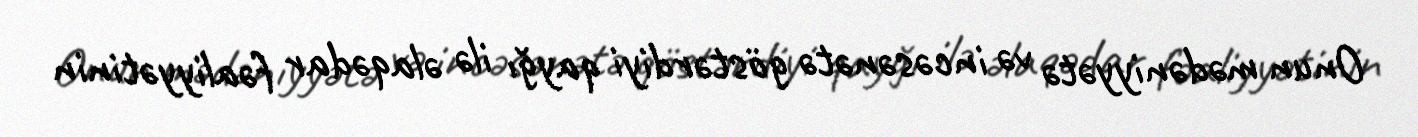
Onun mədəniyyətə və incəsənətə göstərdiyi qayğı ilə əlaqədar fəaliyyətinin